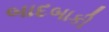
બાદબાકી